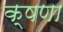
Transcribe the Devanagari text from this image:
क्षणा